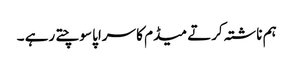
ہم ناشتہ کرتے میڈم کا سراپا سوچتے رہے ۔